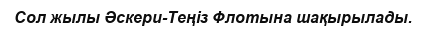
Сол жылы Әскери-Теңіз Флотына шақырылады.